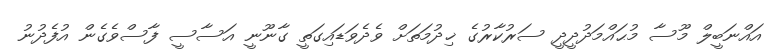
އައްނަބީލް މޫސާ މުޙައްމަދުދީދީ ސަރުކާރުގެ ޚިދުމަތަށް ވެދެވަޑައިގަތީ ގާނޫނީ އަސާސީ ފާސްވެގެން އުފެދުނު